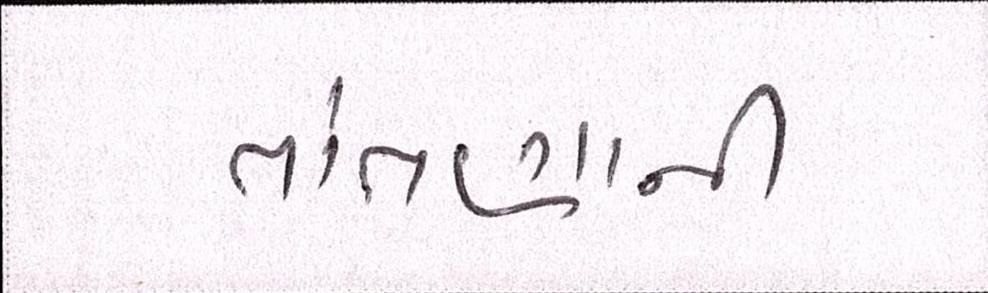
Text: તાંતણાની